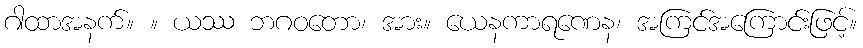
ဂါထာအနက်။ ။ ယဿ ဘဂဝတော၊ အား။ ယေနကာရဏေန၊ အကြင်အကြောင်းဖြင့်။